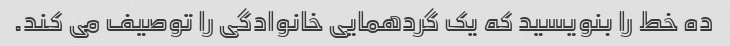
ده خط را بنویسید که یک گردهمایی خانوادگی را توصیف می کند.